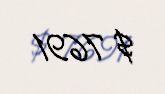
$ 7691